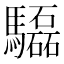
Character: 𩧍